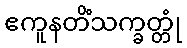
ဧကူနတိံသက္ခတ္တုံ